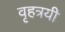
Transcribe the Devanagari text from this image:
वृहत्रयी